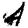
Digit: 4